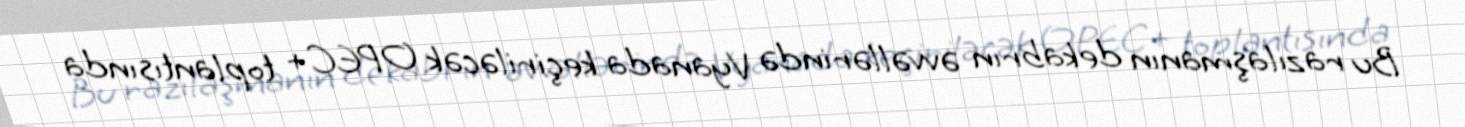
Bu razılaşmanın dekabrın əvvəllərində Vyanada keçiriləcək OPEC+ toplantısında